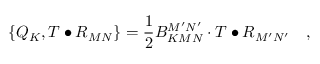
\left\{ Q _ { K } , T \bullet R _ { M N } \right\} = \frac 1 2 B _ { K M N } ^ { M ^ { \prime } N ^ { \prime } } \cdot T \bullet R _ { M ^ { \prime } N ^ { \prime } } \quad ,